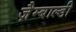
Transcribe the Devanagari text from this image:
ज़ैम्बाल्डी